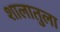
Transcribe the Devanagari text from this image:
शालातुला